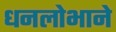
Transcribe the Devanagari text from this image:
धनलोभाने